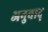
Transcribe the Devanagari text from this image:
अनुवाद्